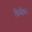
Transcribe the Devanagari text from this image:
बिसैधा